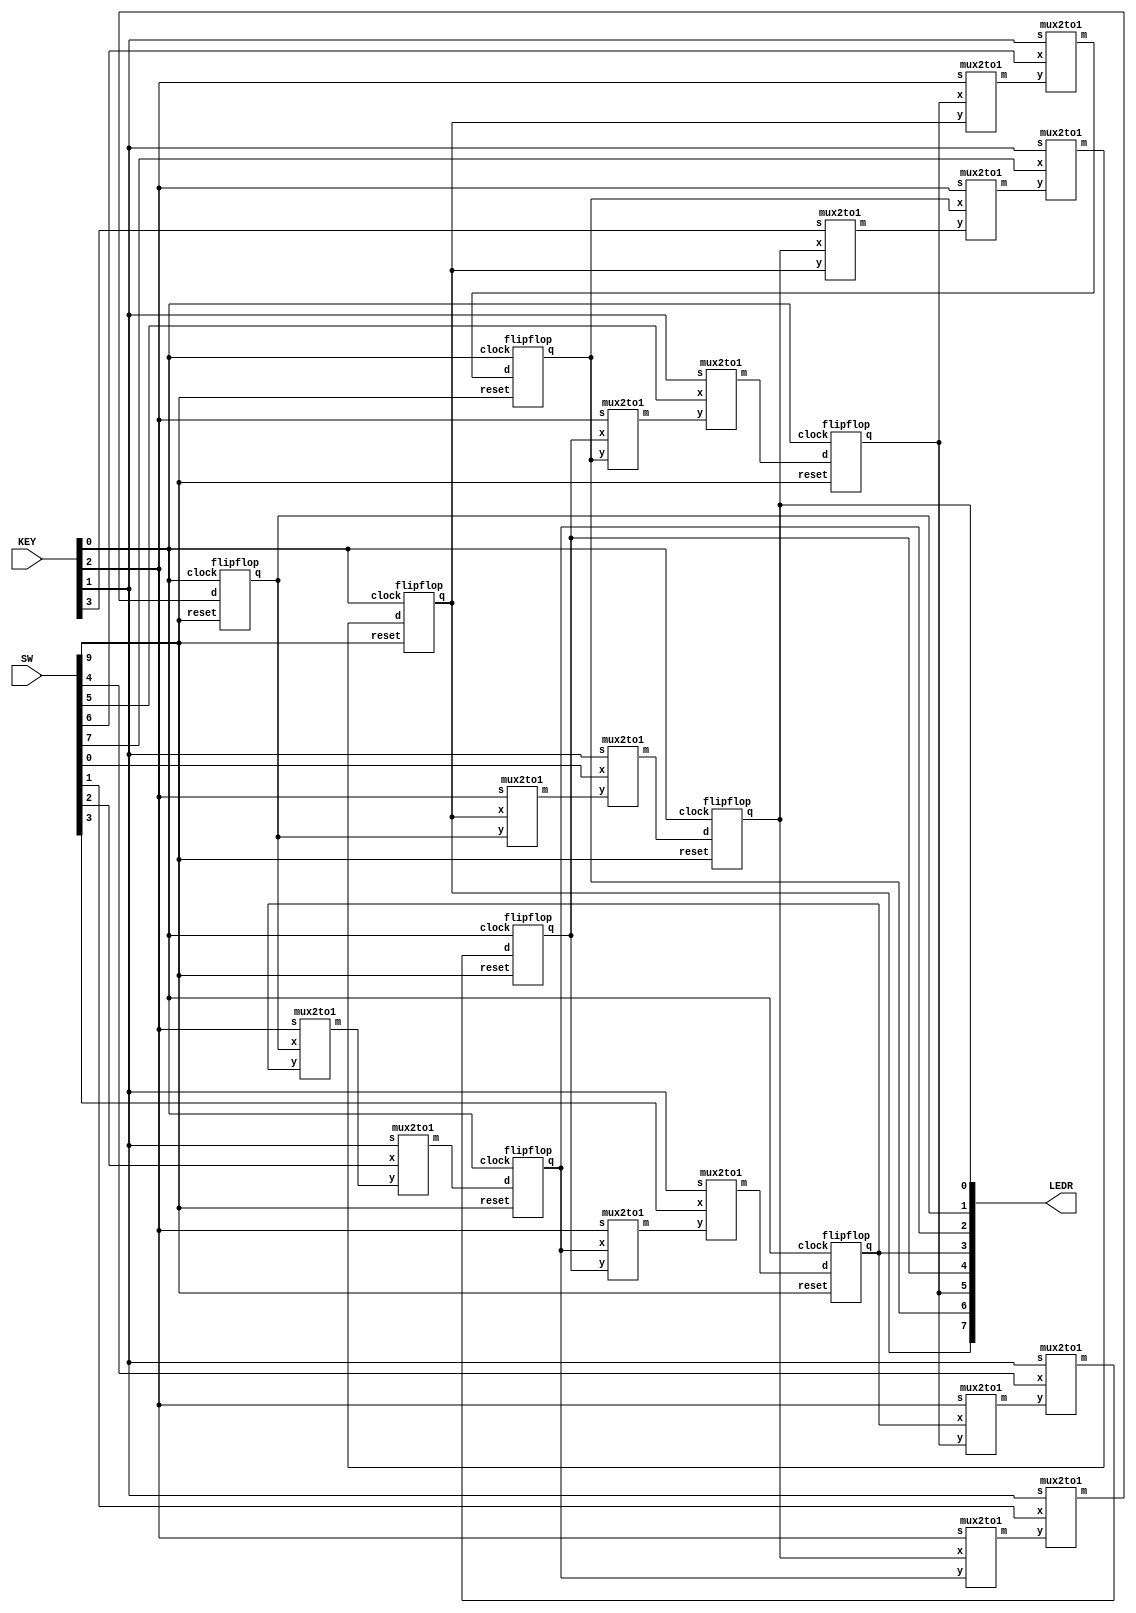
module part3(
	input [9:0]SW,
	input [3:0]KEY,
	output [9:0]LEDR);
	
	wire [7:0]rotatedata;
	wire [7:0]data_to_dff;
	wire [7:0]Out_Q;
	assign LEDR[7:0] = Out_Q[7:0];
	
//Substructure 1//////////////////////////////////////////////////////
		
	mux2to1 M1( //instantiates 1st multiplexer
		.x(Out_Q[7]), //rotate left
		.y(Out_Q[1]), //rotate right
		.s(KEY[2]), //inputs new bit to the left
		.m(rotatedata[0]) //outputs to multiplexer
	);
	
	mux2to1 M2( //instantiates 2nd multiplexer
		.y(rotatedata[0]), //output from previous multiplexer
		.x(SW[0]), //data D coming in
		.s(KEY[1]), //selects input D or rotate
		.m(data_to_dff[0]) //outputs to flip flop
	);

	flipflop F0( //instantiates flip flop
		.d(data_to_dff[0]), //input to flip flop
		.q(Out_Q[0]), //output from flip flop
		.clock(KEY[0]), //clock signal
		.reset(SW[9]) //synchronous active high reset
	);
	
//Substructure 2//////////////////////////////////////////////////////
	
	mux2to1 M3( //instantiates 1st multiplexer
		.x(Out_Q[0]), //rotate left
		.y(Out_Q[2]), //rotate right
		.s(KEY[2]), //inputs new bit to the left
		.m(rotatedata[1]) //outputs to multiplexer
	);
	
	mux2to1 M4( //instantiates 2nd multiplexer
		.y(rotatedata[1]), //output from previous multiplexer
		.x(SW[1]), //data D coming in
		.s(KEY[1]), //selects input D or rotate
		.m(data_to_dff[1]) //outputs to flip flop
	);

	flipflop F1( //instantiates flip flop
		.d(data_to_dff[1]), //input to flip flop
		.q(Out_Q[1]), //output from flip flop
		.clock(KEY[0]), //clock signal
		.reset(SW[9]) //synchronous active high reset
	);
	
//Substructure 3//////////////////////////////////////////////////////
	
	mux2to1 M5( //instantiates 1st multiplexer
		.x(Out_Q[1]), //rotate left
		.y(Out_Q[3]), //rotate right
		.s(KEY[2]), //inputs new bit to the left
		.m(rotatedata[2]) //outputs to multiplexer
	);
	
	mux2to1 M6( //instantiates 2nd multiplexer
		.y(rotatedata[2]), //output from previous multiplexer
		.x(SW[2]), //data D coming in
		.s(KEY[1]), //selects input D or rotate
		.m(data_to_dff[2]) //outputs to flip flop
	);

	flipflop F2( //instantiates flip flop
		.d(data_to_dff[2]), //input to flip flop
		.q(Out_Q[2]), //output from flip flop
		.clock(KEY[0]), //clock signal
		.reset(SW[9]) //synchronous active high reset
	);
	
//Substructure 4//////////////////////////////////////////////////////
	
	mux2to1 M7( //instantiates 1st multiplexer
		.x(Out_Q[2]), //rotate left
		.y(Out_Q[4]), //rotate right
		.s(KEY[2]), //inputs new bit to the left
		.m(rotatedata[3]) //outputs to multiplexer
	);
	
	mux2to1 M8( //instantiates 2nd multiplexer
		.y(rotatedata[3]), //output from previous multiplexer
		.x(SW[3]), //data D coming in
		.s(KEY[1]), //selects input D or rotate
		.m(data_to_dff[3]) //outputs to flip flop
	);

	flipflop F3( //instantiates flip flop
		.d(data_to_dff[3]), //input to flip flop
		.q(Out_Q[3]), //output from flip flop
		.clock(KEY[0]), //clock signal
		.reset(SW[9]) //synchronous active high reset
	);
	
//Substructure 5//////////////////////////////////////////////////////
	
	mux2to1 M9( //instantiates 1st multiplexer
		.x(Out_Q[3]), //rotate left
		.y(Out_Q[5]), //rotate right
		.s(KEY[2]), //inputs new bit to the left
		.m(rotatedata[4]) //outputs to multiplexer
	);
	
	mux2to1 M10( //instantiates 2nd multiplexer
		.y(rotatedata[4]), //output from previous multiplexer
		.x(SW[4]), //data D coming in
		.s(KEY[1]), //selects input D or rotate
		.m(data_to_dff[4]) //outputs to flip flop
	);

	flipflop F4( //instantiates flip flop
		.d(data_to_dff[4]), //input to flip flop
		.q(Out_Q[4]), //output from flip flop
		.clock(KEY[0]), //clock signal
		.reset(SW[9]) //synchronous active high reset
	);
	
//Substructure 6//////////////////////////////////////////////////////
	
	mux2to1 M11( //instantiates 1st multiplexer
		.x(Out_Q[4]), //rotate left
		.y(Out_Q[6]), //rotate right
		.s(KEY[2]), //inputs new bit to the left
		.m(rotatedata[5]) //outputs to multiplexer
	);
	
	mux2to1 M12( //instantiates 2nd multiplexer
		.y(rotatedata[5]), //output from previous multiplexer
		.x(SW[5]), //data D coming in
		.s(KEY[1]), //selects input D or rotate
		.m(data_to_dff[5]) //outputs to flip flop
	);

	flipflop F5( //instantiates flip flop
		.d(data_to_dff[5]), //input to flip flop
		.q(Out_Q[5]), //output from flip flop
		.clock(KEY[0]), //clock signal
		.reset(SW[9]) //synchronous active high reset
	);
	
//Substructure 7//////////////////////////////////////////////////////
	
	mux2to1 M13( //instantiates 1st multiplexer
		.x(Out_Q[5]), //rotate left
		.y(Out_Q[7]), //rotate right
		.s(KEY[2]), //inputs new bit to the left
		.m(rotatedata[6]) //outputs to multiplexer
	);
	
	mux2to1 M14( //instantiates 2nd multiplexer
		.y(rotatedata[6]), //output from previous multiplexer
		.x(SW[6]), //data D coming in
		.s(KEY[1]), //selects input D or rotate
		.m(data_to_dff[6]) //outputs to flip flop
	);

	flipflop F6( //instantiates flip flop
		.d(data_to_dff[6]), //input to flip flop
		.q(Out_Q[6]), //output from flip flop
		.clock(KEY[0]), //clock signal
		.reset(SW[9]) //synchronous active high reset
	);
	
//Substructure 8//////////////////////////////////////////////////////
	
	wire ASR;
	
	mux2to1 M17( //instantiates 1st multiplexer
		.y(Out_Q[7]), //rotate right w/ ASR
		.x(Out_Q[0]), //rotate right normally
		.s(KEY[3]), //inputs new bit to the left
		.m(ASR) //outputs to multiplexer 2
	);
	
	mux2to1 M15( //instantiates 2nd multiplexer
		.x(Out_Q[6]), //rotate left
		.y(ASR), //rotate right
		.s(KEY[2]), //inputs new bit to the left
		.m(rotatedata[7]) //outputs to multiplexer 3
	);
	
	mux2to1 M16( //instantiates 3rd multiplexer
		.y(rotatedata[7]), //output from previous multiplexer
		.x(SW[7]), //data D coming in
		.s(KEY[1]), //selects input D or rotate
		.m(data_to_dff[7]) //outputs to flip flop
	);

	flipflop F7( //instantiates flip flop
		.d(data_to_dff[7]), //input to flip flop
		.q(Out_Q[7]), //output from flip flop
		.clock(KEY[0]), //clock signal
		.reset(SW[9]) //synchronous active high reset
	);
	
endmodule

module mux2to1(
	input y,
	input x,
	input s,
	output reg m);
	
	always @(*)begin
		case(s)
			0: m = x;
			1: m = y;
		endcase
	end
endmodule

module flipflop(
	input d,
	output reg q,
	input clock,
	input reset);
	
	always @(posedge clock) begin // triggered every time clock rises
		if (reset == 1'b1) // when Reset b is 1 (note this is tested on every rising clock edge)
			q <= 0; // q is set to 0. Note that the assignment uses <=
		else // when Reset b is not 0
			q <= d; // value of d passes through to output q
	end
endmodule